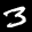
Label: 3